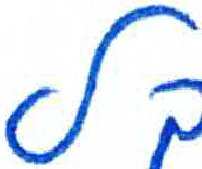
אות: ל